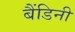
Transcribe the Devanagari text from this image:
बैंडिनी